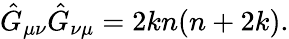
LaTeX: \hat{G}_{\mu\nu}\hat{G}_{\nu\mu}=2kn(n+2k).